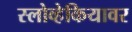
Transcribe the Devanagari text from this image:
स्लोव्हेकियावर